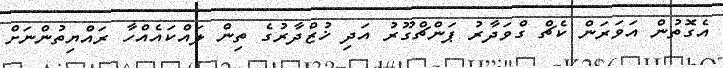
އެގޮތުން އަވަރަން ކެޗް ގްވަދާރު ޕަންޗްގޫރު އަދި ޚުޒްދާރުގެ ތިން ލައްކައެއްހާ ރައްޔިތުންނަށް